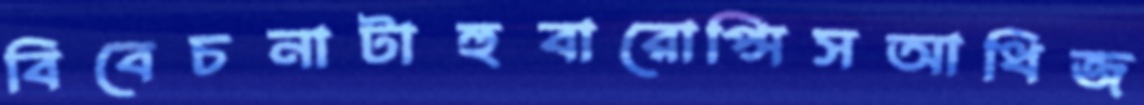
বিবেচনাটাহুবারোপ্সিসআধিজ